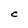
Character: C